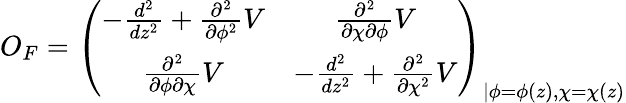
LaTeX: O_{F}=\left(\begin{array}{cc}{{-\frac{d^{2}}{dz^{2}}+\frac{\partial^{2}}{\partial\phi^{2}}V}}&{{\frac{\partial^{2}}{\partial\chi\partial\phi}V}}\\ {{\frac{\partial^{2}}{\partial\phi\partial\chi}V}}&{{-\frac{d^{2}}{dz^{2}}+\frac{\partial^{2}}{\partial\chi^{2}}V}}\end{array}\right)_{\vert\phi=\phi(z),\chi=\chi(z)}